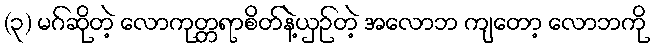
(၃) မဂ်ဆိုတဲ့ လောကုတ္တရာစိတ်နဲ့ယှဉ်တဲ့ အလောဘ ကျတော့ လောဘကို